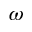
\omega